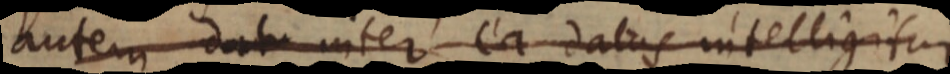
autem dat_ inter ea datas intelligitur